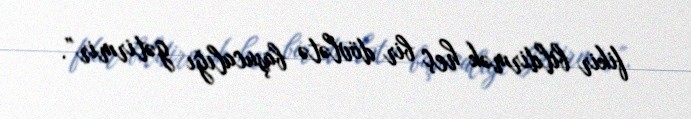
fikir bildirmək heç bir dövlətə başucalığı gətirmir”.